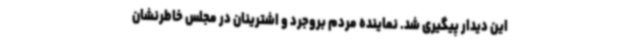
این دیدار پیگیری شد. نماینده مردم بروجرد و اشترینان در مجلس خاطرنشان